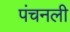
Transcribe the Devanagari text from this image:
पंचनली